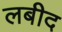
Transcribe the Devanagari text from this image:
लबीद